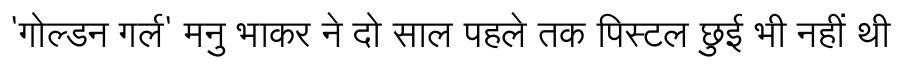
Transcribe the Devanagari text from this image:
'गोल्डन गर्ल' मनु भाकर ने दो साल पहले तक पिस्टल छुई भी नहीं थी